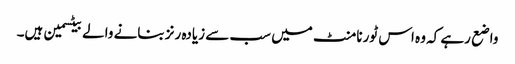
واضع رہے کہ وہ اس ٹورنامنٹ میں سب سے زیادہ رنز بنانے والے بیٹسمین ہیں۔